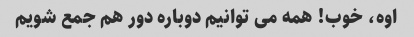
اوه، خوب! همه می توانیم دوباره دور هم جمع شویم